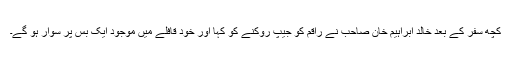
کچھ سفر کے بعد خالد ابراہیم خان صاحب نے راقم کو جیپ روکنے کو کہا اور خود قافلے میں موجود ایک بس پر سوار ہو گے۔